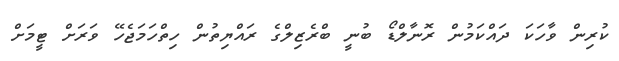
ކުރިން ވާހަކަ ދައްކަމުން ރޮނާލްޑޯ ބުނީ ބްރެޒިލްގެ ރައްޔިތުން ހިތްހަމަޖެހޭ ވަރަށް ޓީމަށް